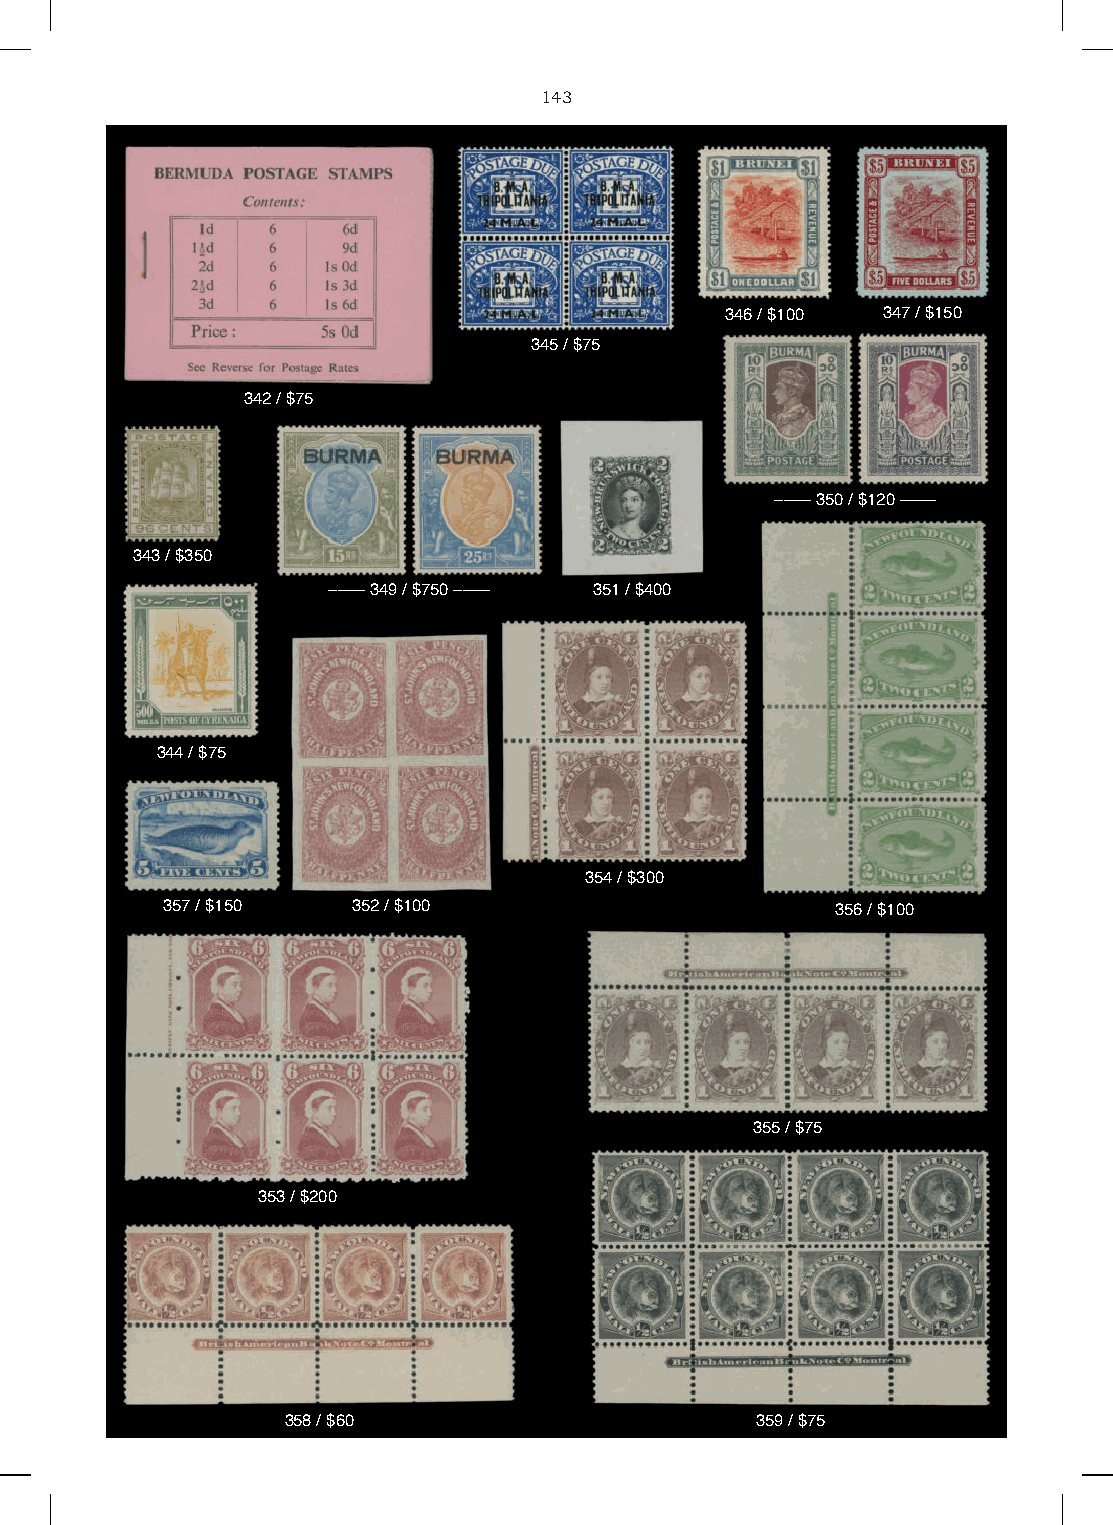
143
 346 / $100 347 / $150
 345 / $75
 342 / $75
 –––– 350 / $120 ––––
 343 / $350
 –––– 349 / $750 –––– 351 / $400
 344 / $75
 354 / $300
 357 / $150  352 / $100                      356 / $100
 355 / $75
 353 / $200
 358 / $60                      359 / $75